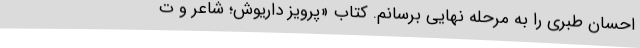
احسان طبری را به مرحله نهایی برسانم. کتاب «پرویز داریوش؛ شاعر و ت